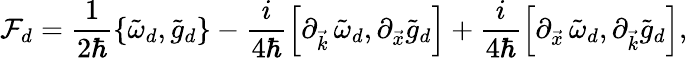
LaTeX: \mathcal{F}_{d}=\frac{{1}}{{2\hbar}}\left\{ \tilde{{\omega}}_{d},\tilde{{g}}_{d}\right\} -\frac{{i}}{{4\hbar}}\left[\partial_{\vec{{k}}}\, \tilde{{\omega}}_{d},\partial_{\vec{{x}}}\tilde{{g}}_{d}\right]+\frac{{i}}{{4\hbar}}\left[\partial_{\vec{{x}}}\, \tilde{{\omega}}_{d},\partial_{\vec{{k}}}\tilde{{g}}_{d}\right],